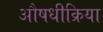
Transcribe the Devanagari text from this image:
औषधीक्रिया